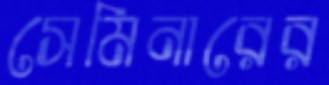
সেমিনারের